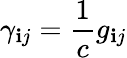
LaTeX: \gamma_{\mathbf{i}j}=\frac{{1}}{{c}}g_{\mathbf{i}j}